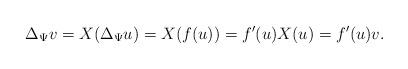
LaTeX: \begin{align*}\Delta_{\Psi} v = X(\Delta_{\Psi} u) = X(f(u)) = f'(u) X(u) = f'(u) v.\end{align*}